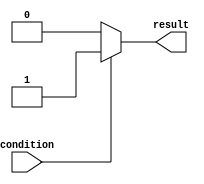
module if_else_statement (
    input wire condition,
    output reg result
);

always @*
begin
    if (~condition) begin
        // Code block to execute when condition is false
        result <= 1'b0;
    end else begin
        // Code block to execute when condition is true
        result <= 1'b1;
    end
end

endmodule